King Institute of Preventive Medicine Micro-Biological Section reports 1909-11
Year: 1909
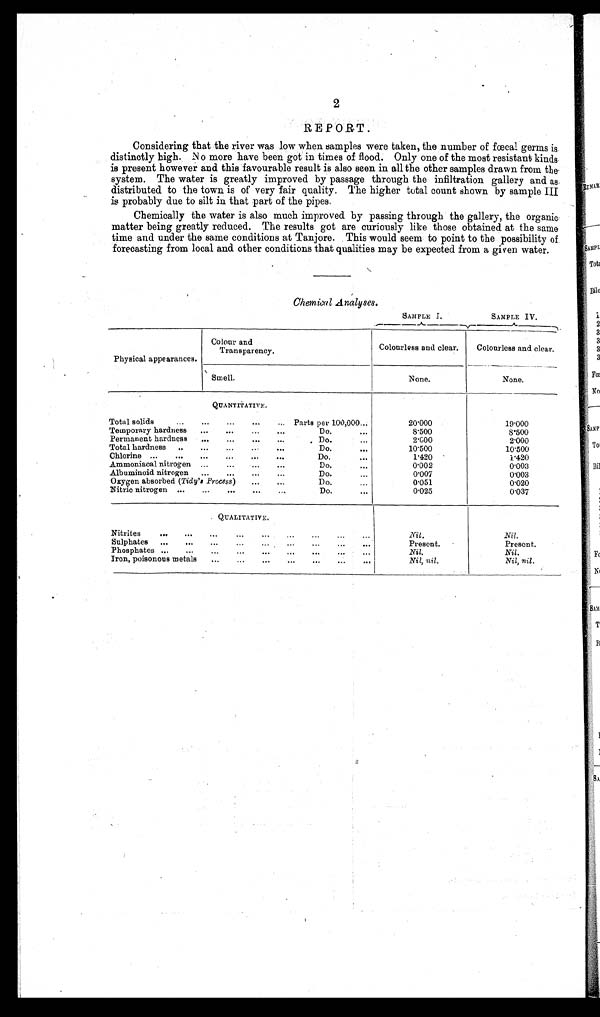
2
REPORT.
Considering that the river was low when samples were taken, the number of fœcal germs is
di s t i nc t l y hi g h. No mor e ha v e be e n g ot i n t i me s of f l ood. Onl y one of t he mos t r e s i s t a nt k i nds
is present however and this favourable result is also seen in all the other samples drawn from the
system. The water is greatly improved by passage through the infiltration gallery and as
distributed to the town is of very fair quality. The higher total count shown by sample III
is probably due to silt in that part of the pipes.
Chemically the water is also much improved by passing through the gallery, the organic
matter being greatly reduced. The results got are curiously like those obtained at the same
time and under the same conditions at Tanjore. This would seem to point to the possibility o
f f o r e c a s t i n g f r o m l o c a l a n d o t h e r c o n d i t i o n s t h a t q u a l i t i e s m a y b e e x p e c t e d f r o m a g i v e n w a t e r .
Chemical Analyses.
SAMPLE I.
SAMPLE IV.
Physical appearances.
Colour and
Transparency.
Colourless and clear.
Colourless and clear.
Smell.
None.
None.
QUANTITATIVE.
Total solids
Parts per 100,000
20·000
1 9 · 0 0 0
Temporary hardness
Do.
8 · 5 0 0
8·500
Permanent hardness
Do.
2·000
2·000
Total hardness
Do.
10·500
1 0 · 5 0 0
C h l o r i n e
Do.
1 · 4 2 0
1·420
Ammoniacal nitrogen
Do.
0·002
0·003
Albuminoid nitrogen
Do.
0·007
0·003
Oxygen absorbed ( Tidy's Process )
Do.
0·051
0·020
Nitric nitrogen
Do.
0·025
0·037
Q U A L I T A T I V E .
Nitrites
N i l .
Nil.
Sulphates
Present.
P r e s e n t .
Phosphates
N i l
.
Nil.
Iron, poisonous metals
Nil, Nil.
Nil, nil.